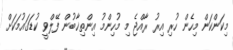
މިކަންކަން މިހެން ހުރި އިރު ރާއްޖެ މި މުހިންމު އިންތިޚާބުން ފޭލްވީ ކުޑަގައުމަކަށް